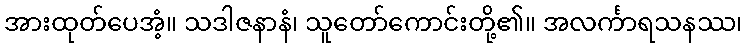
အားထုတ်ပေအံ့။ သဒါဇနာနံ၊ သူတော်ကောင်းတို့၏။ အလင်္ကာရသနဿ၊